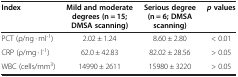
<table><thead><tr><td><b>Index</b></td><td><b>Mild and moderate degrees (n = 15; DMSA scanning)</b></td><td><b>Serious degree (n = 6; DMSA scanning)</b></td><td><b><i>p </i>values</b></td></tr></thead><tbody><tr><td>PCT (ρ/ng · ml<sup>-1</sup>)</td><td>2.02 ± 1.24</td><td>8.60 ± 2.80</td><td>&lt; 0.01</td></tr><tr><td>CRP (ρ/mg · l<sup>-1</sup>)</td><td>62.0 ± 42.83</td><td>82.02 ± 28.56</td><td>&gt; 0.05</td></tr><tr><td>WBC (cells/mm<sup>3</sup>)</td><td>14990 ± 2611</td><td>15980 ± 3220</td><td>&gt; 0.05</td></tr></tbody></table>